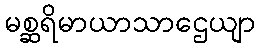
မစ္ဆရိမာယာသာဌေယျာ